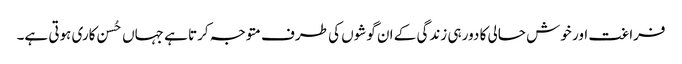
فراغت اور خوش حالی کا دور ہی زندگی کے ان گوشوں کی طرف متوجہ کرتا ہے جہاں حُسن کاری ہوتی ہے۔